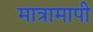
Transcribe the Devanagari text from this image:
मात्रामापी